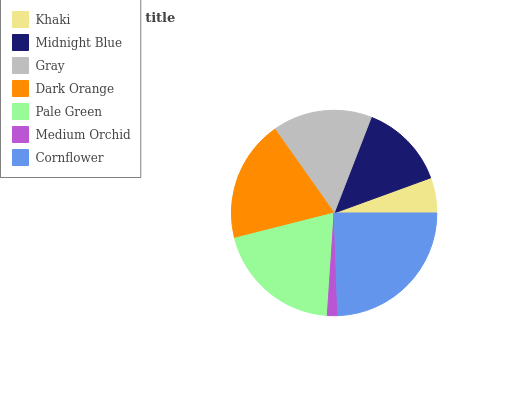
| Khaki | Midnight Blue | Gray | Dark Orange | Pale Green | Medium Orchid | Cornflower |
 | --- | --- | --- | --- | --- | --- | --- |
 | 5.55% | 13.5% | 15.7% | 19.1% | 20% | 1.62% | 24.5% |